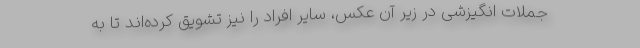
جملات انگیزشی در زیر آن عکس، سایر افراد را نیز تشویق کرده‌اند تا به